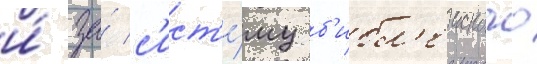
и́ за́ с'ист'е́му б'ибл'еиского